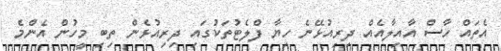
އެތައް ހާސް އާއިލާއެއް ދިރިއުޅޭނެ ހިޔާ ފްލެޓުތަކުގައި ދިރިއުޅެން ތިބި މީހުން އެންމެ